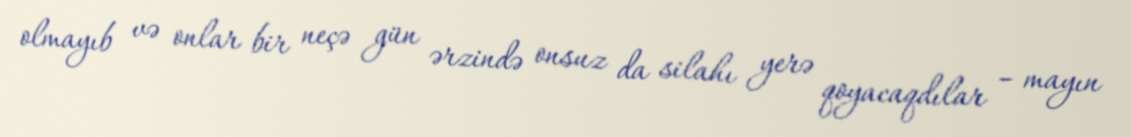
olmayıb və onlar bir neçə gün ərzində onsuz da silahı yerə qoyacaqdılar – mayın